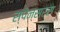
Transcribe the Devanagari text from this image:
स्पेन्सर्स